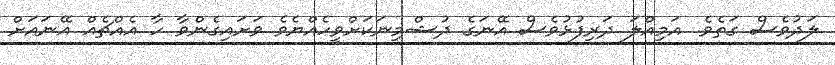
ލަދުވެސް ގަތެވެ. އަމިއްލަ ދަރިފުޅުވެސް އޭނަގެ ދުޝްމިނަކަށްވީހެއްޔެވެ ވަށައިގެންވާ ހާ އެއްޗެއް އޭނައަށް